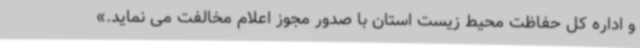
و اداره کل حفاظت محیط زیست استان با صدور مجوز اعلام مخالفت می نماید.»